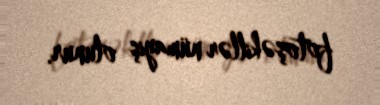
fotoşəkillər nümayiş olunur.